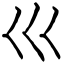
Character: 巛